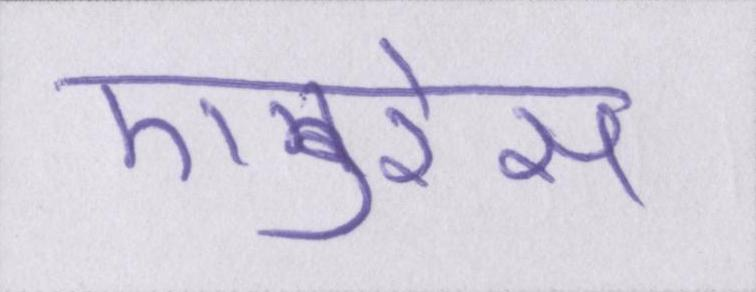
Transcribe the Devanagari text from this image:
एडरेस